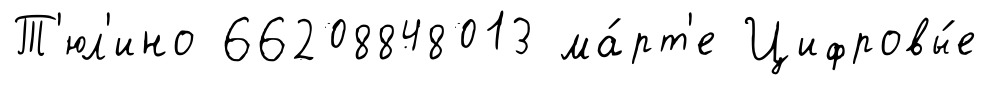
Т'юл'ино 66208848013 ма́рт'е Цифровы́е